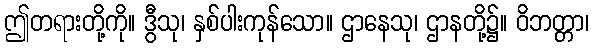
ဤတရားတို့ကို။ ဒွီသု၊ နှစ်ပါးကုန်သော။ ဌာနေသု၊ ဌာနတို့၌။ ဝိဘတ္တာ၊